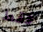
فقط